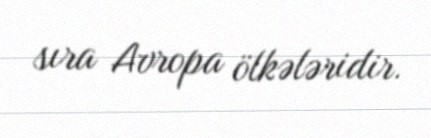
sıra Avropa ölkələridir.